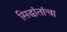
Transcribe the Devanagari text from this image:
सिद्धांतांचा